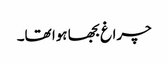
چراغ بجھا ہوا تھا۔